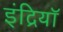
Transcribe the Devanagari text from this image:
इंद्रियॉ